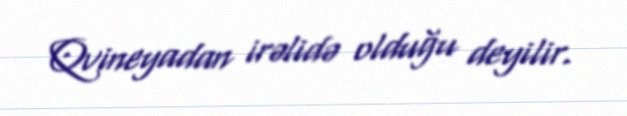
Qvineyadan irəlidə olduğu deyilir.